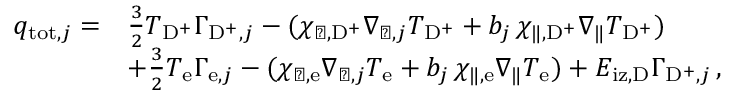
\begin{array} { r l } { q _ { \mathrm { t o t } , j } = } & { \frac { 3 } { 2 } T _ { \mathrm { D } ^ { + } } \Gamma _ { \mathrm { D } ^ { + } , j } - ( \chi _ { \perp , \mathrm { D } ^ { + } } \nabla _ { \perp , j } T _ { \mathrm { D } ^ { + } } + b _ { j } \, \chi _ { \| , \mathrm { D } ^ { + } } \nabla _ { \| } T _ { \mathrm { D } ^ { + } } ) } \\ & { + \frac { 3 } { 2 } T _ { \mathrm { e } } \Gamma _ { \mathrm { e } , j } - ( \chi _ { \perp , \mathrm { e } } \nabla _ { \perp , j } T _ { \mathrm { e } } + b _ { j } \, \chi _ { \| , \mathrm { e } } \nabla _ { \| } T _ { \mathrm { e } } ) + E _ { \mathrm { i z } , \mathrm { D } } \Gamma _ { \mathrm { D } ^ { + } , j } \, , } \end{array}